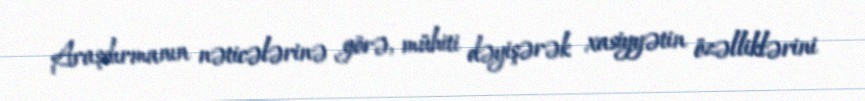
Araşdırmanın nəticələrinə görə, mühiti dəyişərək xasiyyətin özəlliklərini